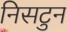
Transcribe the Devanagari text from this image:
निसटुन